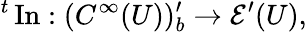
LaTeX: {}^{t}\operatorname{In}:(C^{\infty}(U))_{b}^{\prime}\to{\mathcal{E}}^{\prime}(U),